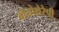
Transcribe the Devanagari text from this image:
बॉयोथेरेपी